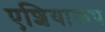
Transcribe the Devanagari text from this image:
एशियाकप